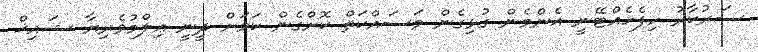
ސަރުކާރު ހިފެހެއްޓޭނީ އެންމެން ގުޅިގެން މަސައްކަތް ކޮށްގެން ކަަމަށް ދީނީ ޢިލްމުވެރިޔާ ޝައިޚް